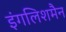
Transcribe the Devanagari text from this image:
इंगलिशमैन